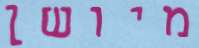
מיושן